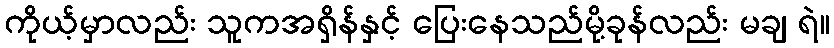
ကိုယ့်မှာလည်း သူကအရှိန်နှင့် ပြေးနေသည်မို့ခုန်လည်း မချ ရဲ။